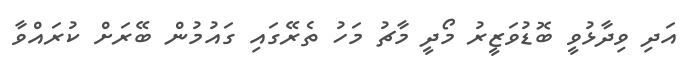
އަދި ވިދާޅުވީ ބޮޑުވަޒީރު މޯދީ މާޗު މަހު ތެރޭގައި ގައުމުން ބޭރަށް ކުރައްވާ